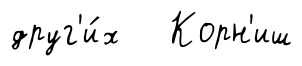
друг'и́х Корн'иш